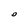
Character: O